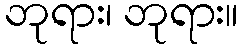
ဘုရား၊ ဘုရား။